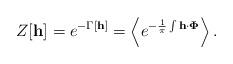
LaTeX: \begin{align*}Z[{\bf h}] = e^{-\Gamma \left[ {\bf h}\right] } = \left< e^{-\frac{1}{\pi}\int {\bf h \cdot \Phi}}\right>.\end{align*}